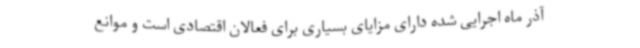
آذر ماه اجرایی شده دارای مزایای بسیاری برای فعالان اقتصادی است و موانع